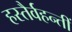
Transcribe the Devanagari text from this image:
हस्तैर्वहन्तीं